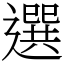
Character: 選